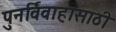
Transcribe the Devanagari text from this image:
पुनर्विवाहासाठी